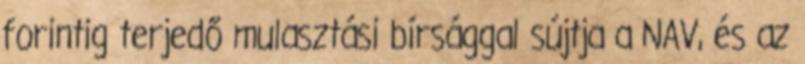
forintig terjedő mulasztási bírsággal sújtja a NAV, és az